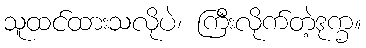
သူထင်ထားသလိုပဲ၊ ကြီးလိုက်တဲ့ဒုက္ခ။